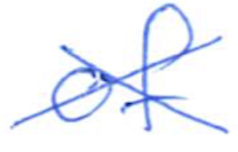
Text: of
Cross-out: cross
Writing tool: ballpoint